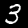
Label: 3